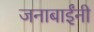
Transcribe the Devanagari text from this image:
जनाबाईंनी